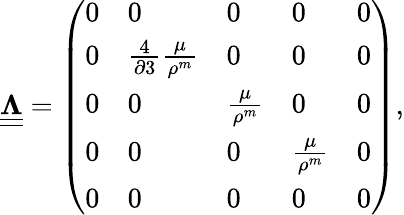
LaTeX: \begin{array}{r}{\underline{{\underline{{\boldsymbol\Lambda}}}}=\left(\begin{array}{lllll}{0}&{0}&{0}&{0}&{0}\\ {0}&{\frac{4}{\partial 3}\frac{\mu}{\rho^{m}}}&{0}&{0}&{0}\\ {0}&{0}&{\frac{\mu}{\rho^{m}}}&{0}&{0}\\ {0}&{0}&{0}&{\frac{\mu}{\rho^{m}}}&{0}\\ {0}&{0}&{0}&{0}&{0}\end{array}\right),}\end{array}